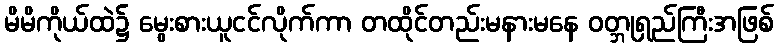
မိမိကိုယ်ထဲ၌ မွေးစားယူငင်လိုက်ကာ တထိုင်တည်းမနားမနေ ဝတ္ဘုရှည်ကြီးအဖြစ်